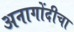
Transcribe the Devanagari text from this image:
अनागोंदीचा